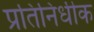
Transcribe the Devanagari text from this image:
प्रतिनिधीक